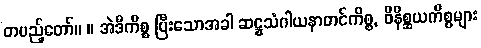
တပည့်တော်။ ။ အဲဒီကိစ္စ ပြီးသောအခါ ဆဋ္ဌသံဂါယနာတင်ကိစ္စ, ဝိနိစ္ဆယကိစ္စများ